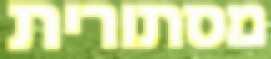
מסתורית